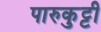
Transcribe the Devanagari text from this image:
पारुकुट्टी